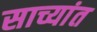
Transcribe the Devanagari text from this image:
साच्यांत